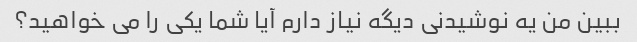
ببین من یه نوشیدنی دیگه نیاز دارم آیا شما یکی را می خواهید؟